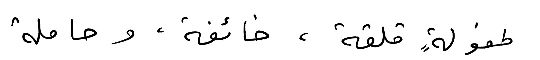
طفولةٍ قلقة، خائفة، وحاملة